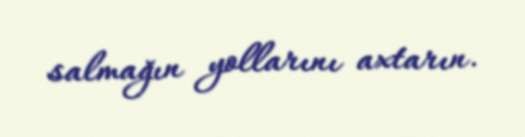
salmağın yollarını axtarın.